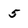
Character: 5